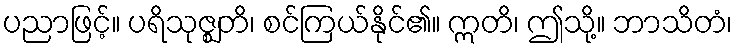
ပညာဖြင့်။ ပရိသုဇ္ဈတိ၊ စင်ကြယ်နိုင်၏။ ဣတိ၊ ဤသို့။ ဘာသိတံ၊